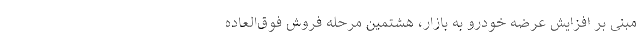
مبنی بر افزایش عرضه خودرو به بازار، هشتمین مرحله فروش فوق‌العاده